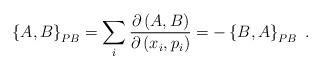
LaTeX: \begin{align*}\left\{ A,B\right\} _{{\footnotesize PB}}=\sum_{i}\frac{\partial\left(A,B\right) }{\partial\left( x_{i},p_{i}\right) }=-\left\{ B,A\right\}_{{\footnotesize PB}}\;.\end{align*}